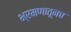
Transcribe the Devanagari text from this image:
भ्रमणातूनच